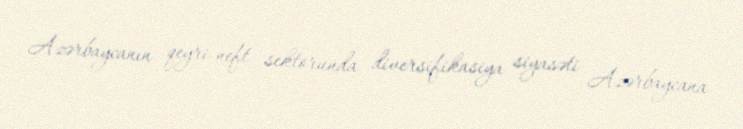
Azərbaycanın qeyri-neft sektorunda diversifikasiya siyasəti Azərbaycana